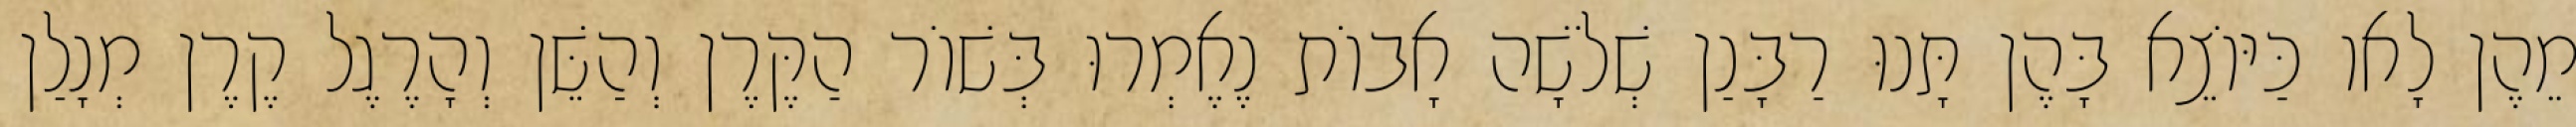
מֵהֶן לָאו כַּיּוֹצֵא בָּהֶן תָּנוּ רַבָּנַן שְׁלֹשָׁה אָבוֹת נֶאֶמְרוּ בְּשׁוֹר הַקֶּרֶן וְהַשֵּׁן וְהָרֶגֶל קֶרֶן מְנָלַן